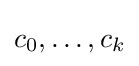
c_{0},\dots ,c_{k}